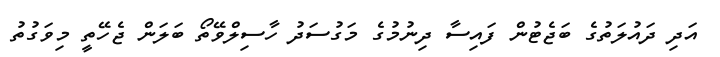
އަދި ދައުލަތުގެ ބަޖެޓުން ފައިސާ ދިނުމުގެ މަގުސަދު ހާސިލްވޭތޯ ބަލަން ޖެހޭތީ މިވަގުތު